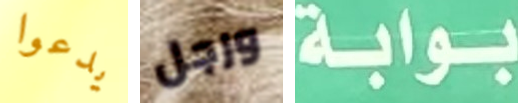
يدعوا ورجل بوابة